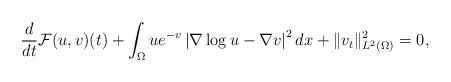
LaTeX: \begin{align*}\frac{d}{dt}\mathcal{F}(u,v)(t)+\int_\Omega ue^{-v}\left|\nabla \log u-\nabla v\right|^2dx+\|v_t\|_{L^2(\Omega)}^2=0,\end{align*}